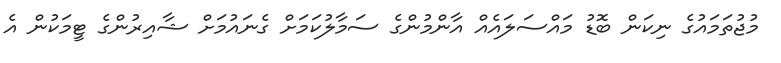
މުޖުތަމައުގެ ނިކަން ބޮޑު މައްސަލައެއް އާންމުންގެ ސަމާލުކަމަށް ގެނައުމަށް ޝާއިރުންގެ ޓީމަކުން އެ